Cholera in southern India
Disease focus: Cholera
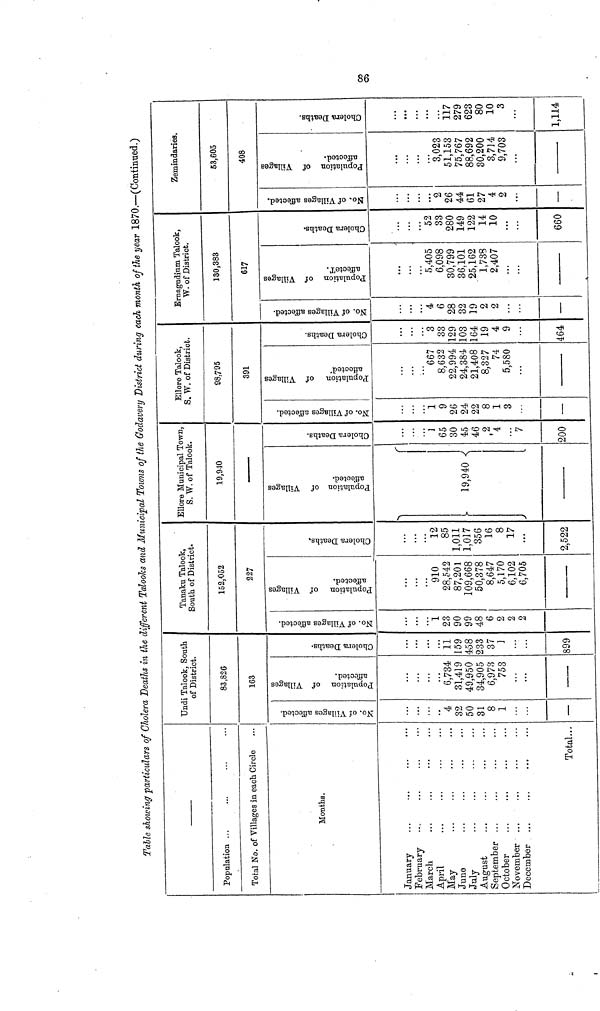
Table showing particulars of Cholera Deaths in the different Talooks and Municipal Towns of the Godavery District during each month of the year 1870.—(Continued.)
Population ...
Total No. of Villages in each Circle
Months.
January
February
March
...
...
April
May
June
July
August
September ...
October
November ...
December
Total...
Undi Talook, South
of District.
83,826
163
No. of Villages affected.
4
32
50
31
8
1
—
Population of Villages
affected.
6,734
31,419
49,950
34,905
6,973
753
Cholera Deaths
11
159
458
233
37
]
899
Tanaku Talook,
South of District,
152,052
227
No. of Villages affected.
1
23
90
99
48
6
2
2
2
Population of Villages
affected.
910
28,542
87,201
109,668
50,378
8,647
5,170
6,102
6,705
Cholera Deaths,
...
...
12
85
1,011
1,017
356
16
8
17
...
2,522
Ellore Municipal Town,
S. W. of Talook.
19,940
Population of Villages
affected.
19,940
Cholera Deaths.
1
65
30
45
46
2
4
7
200
Ellore Talook,
S. W. of District.
98,795
391
No. of Villages affected.
1
9
26
24
22
8
1
3
—
Population of Villages
affected
667
8,632
22,994
24,384
21,408
8,327
74
5,580
Cholera Deaths.
3
33
129
103
164
19
4
9
464
Ernagudium Talook,
W. of District.
130,383
617
No. of Villages affected.
...
4
6
28
32
19
2
2
—
Population of Villages
affected.
5,405
6,098
30,799
36,101
25,162
1,738
2,407
Cholera Deaths.
...
52
33
280
149
122
14
10
...
660
Zemindaries.
53,605
408
No. of Villages affected.
...
2
26
44
61
27
4
2
...
—
Population of Villages
affected.
3,023
51,153
75,767
88,692
30,200
3,714
9,703
Cholera Deaths.
...
...
117
279
623
80
10
3
1,114